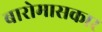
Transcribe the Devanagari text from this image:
बारोमासकार